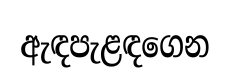
ඇඳපැළඳගෙන